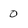
Character: 0